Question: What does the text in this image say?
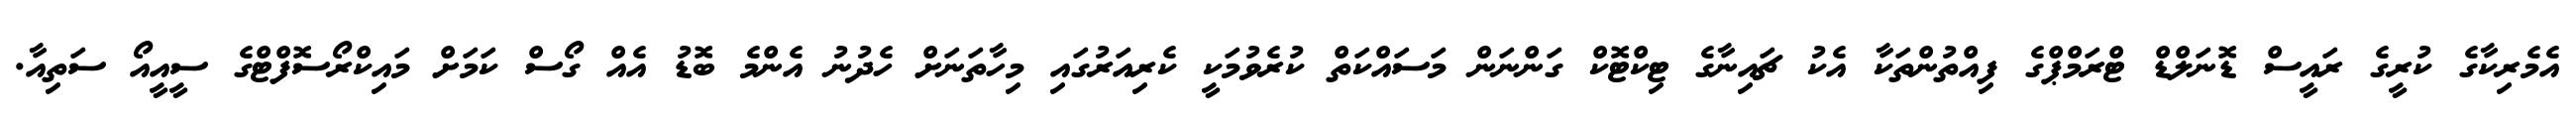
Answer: އެމެރިކާގެ ކުރީގެ ރައީސް ޑޮނަލްޑް ޓްރަމްޕްގެ ފިއްތުންތަކާ އެކު ޗައިނާގެ ޓިކްޓޮކް ގަންނަން މަސައްކަތް ކުރެވުމަކީ ކެރިއަރުގައި މިހާތަނަށް ހެދުނު އެންމެ ބޮޑު އެއް ގޯސް ކަމަށް މައިކްރޯސޮފްޓްގެ ސީއީއޯ ސަތިއާ.